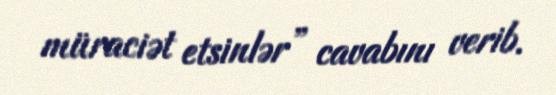
müraciət etsinlər” cavabını verib.